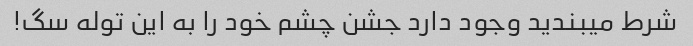
شرط میبندید وجود دارد جشن چشم خود را به این توله سگ!